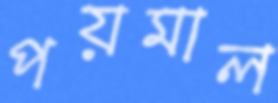
পয়মাল